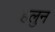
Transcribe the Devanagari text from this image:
हलुन